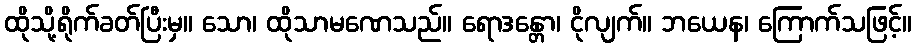
ထိုသို့ရိုက်ခတ်ပြီးမှ။ သော၊ ထိုသာမဏေသည်။ ရောဒန္တော၊ ငိုလျက်။ ဘယေန၊ ကြောက်သဖြင့်။